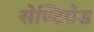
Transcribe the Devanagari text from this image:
सेण्टिग्रेड